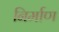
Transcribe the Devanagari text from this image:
निर्माण्‍ा